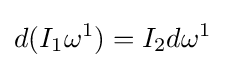
d(I_{1}\omega ^{1})=I_{2}d\omega ^{1}